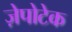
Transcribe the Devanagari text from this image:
ज़ेपोटेक